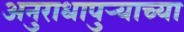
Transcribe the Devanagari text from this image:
अनुराधापुऱ्याच्या